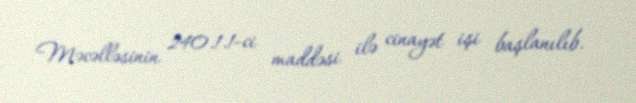
Məcəlləsinin 240.1.1-ci maddəsi ilə cinayət işi başlanılıb.